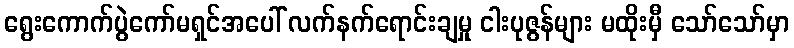
ရွေးကောက်ပွဲကော်မရှင်အပေါ် လက်နက်ရောင်းချမှု ငါးပုဇွန်များ မထိုးမှီ သော်သော်မှာ